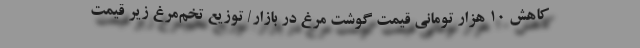
کاهش ۱۰ هزار تومانی قیمت گوشت مرغ در بازار/ توزیع تخم‌مرغ زیر قیمت